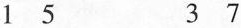
15 37